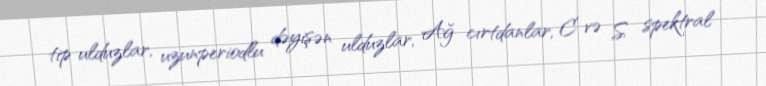
tip ulduzlar, uzunperiodlu dəyişən ulduzlar, Ağ cırtdanlar, C və S spektral